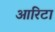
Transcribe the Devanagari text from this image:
आरिटा